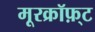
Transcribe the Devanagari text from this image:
मूरक्रॉफ़्ट